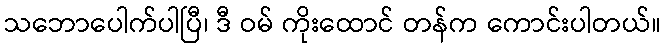
သဘောပေါက်ပါပြီ၊ ဒီ ဝမ် ကိုးထောင် တန်က ကောင်းပါတယ်။